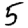
Digit: 5